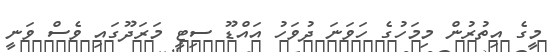
މީގެ އިތުރުން މިމަހުގެ ހަވަނަ ދުވަހު އައްޑޫ ސިޓީ މަރަދޫގައި ވެސް ވަނީ